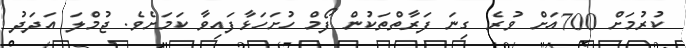
ކުރުމަށް 700އަށް ވުރެ ގިނަ ފަރާތްތަކުން ފޯމް ހުށަހަޅާފައިވާ ކަމަށެވެ. ޖުމްލަ އަދަދު